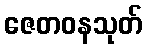
ဇေတဝနသုတ်